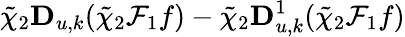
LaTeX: \tilde{\chi}_{2}\mathbf{D}_{u,k}(\tilde{\chi}_{2}\mathcal{F}_{1}f)-\tilde{\chi}_{2}\mathbf{D}_{u,k}^{1}(\tilde{\chi}_{2}\mathcal{F}_{1}f)